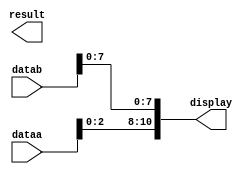
module lcd( dataa, datab, result, display);

   input [31:0] dataa;//commmands
	input [31:0] datab;//datas of the display
	output [31:0] result;
	output [10:0] display;
   
	assign display [10:8] = dataa[2:0];
	assign display [7:0]  = datab [7:0];

	//wire [10:0] dataLcd = dataA[10:0];

	//wire [2:0] Rs_RW_E = dataLcd [10:8];
	//wire [7:0] data      = dataLcd [7:0];

	//assign result [10:8] = Rs_RW_E;
	//assign result [7:0]  = data;
endmodule